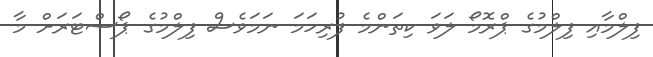
ފިލްމާއި ފިލްމުގެ ޕްރޮމޯ ލަވަ ކިތަންމެ ފުރިހަމަ ނަމަވެސް ފިލްމުގެ ޕޯސްޓަރަށް މާ